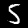
Label: 5